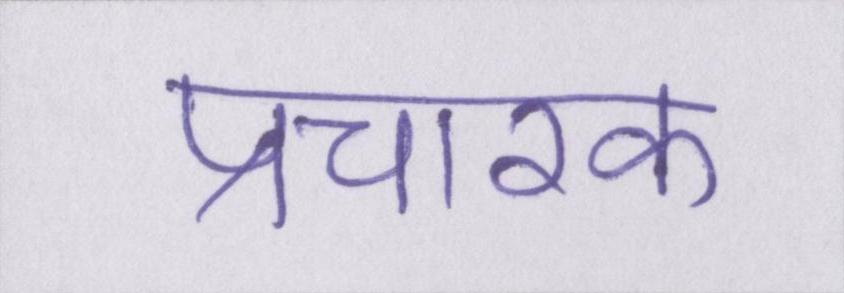
प्रचारक